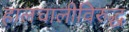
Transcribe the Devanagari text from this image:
हालचालीविरुद्ध